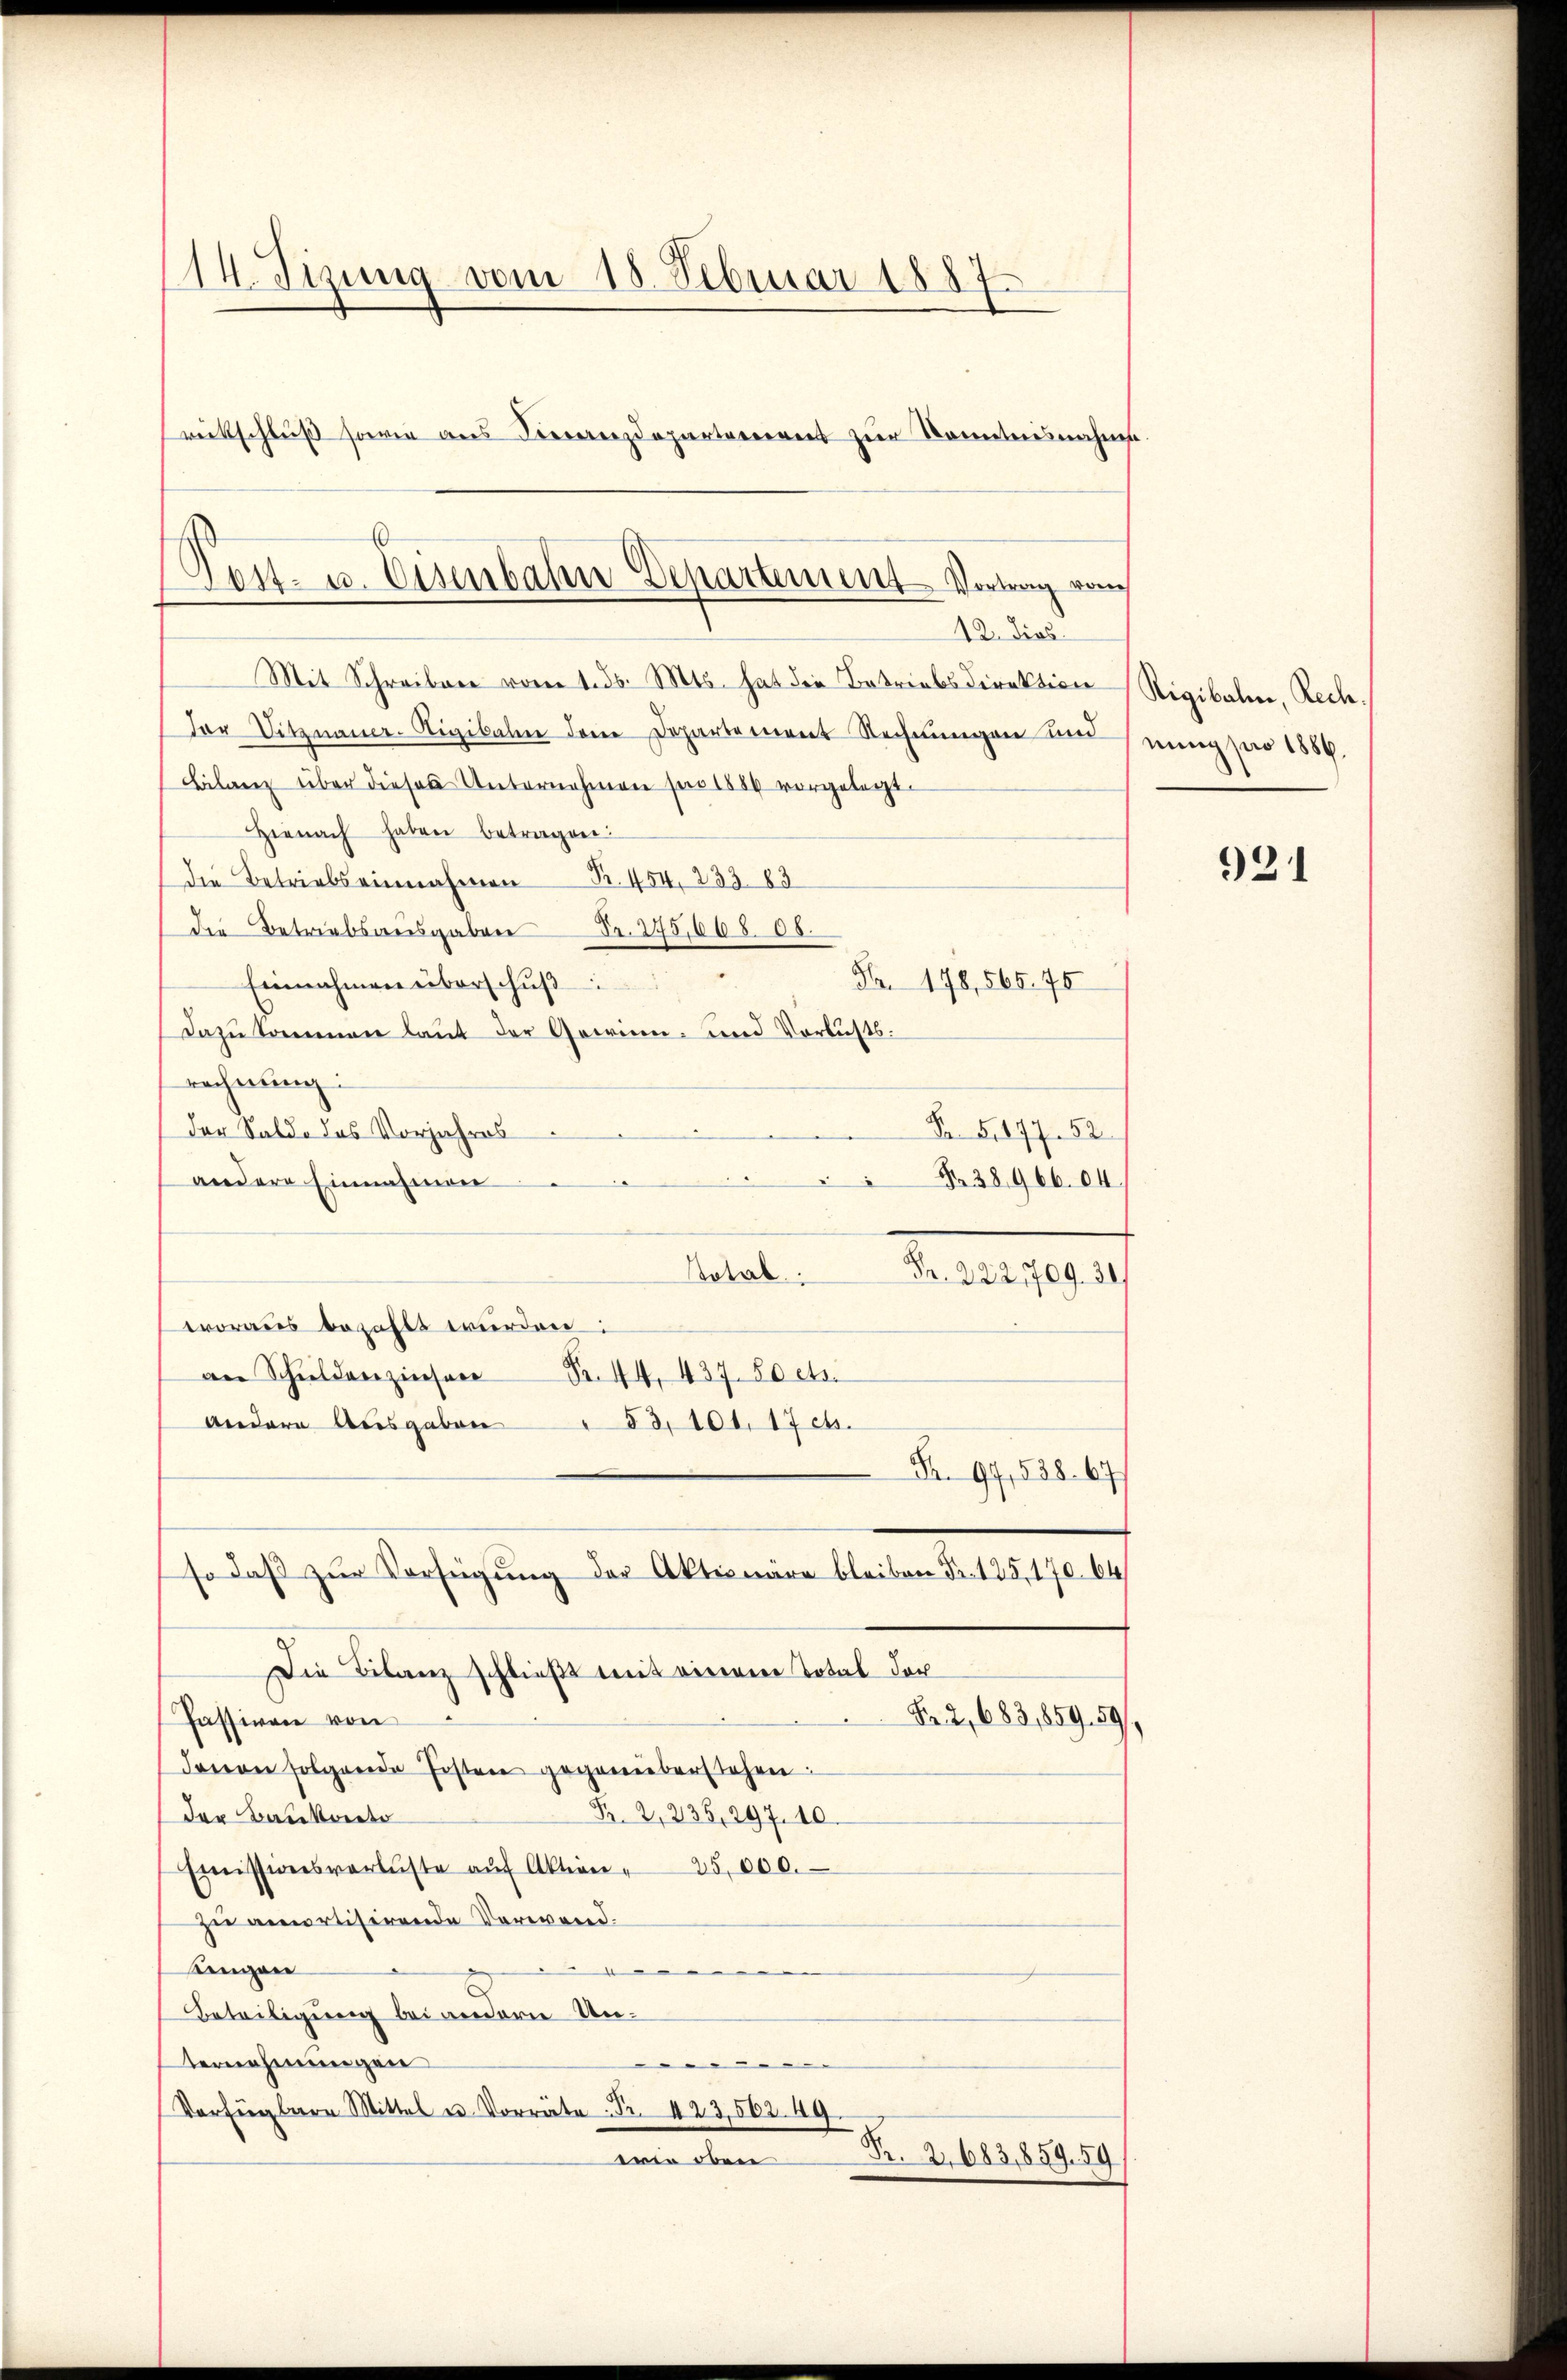
14. Tizung vom 18. Februar 1887
wirtschluß sowie aus Pezdepartement zur Kenntnisnahms

Post- u. Eisenbahn Departement Vortrag von
12. dies

Mit Schreiben vom 1. ds. Mts. hat die Betriebsdirektion Rigibalen, Rech
Der Vitznauer-Rigibalen dem Departement Rechnungen und
Bilanz über diesen Unternehmen pro 1886 vorgelegt.
Hienach haben betragen:
die Betriebs einnahmen R. 454, 233 83
die Betriebsausgaben Fr. 275,668 08.
Nr. 178,565. 75
Einnahmen überschuß
dazu kommen laut der Gewinn- und Verlustsrechnung:
der Saldo des Vorjahres
Fr. 51877. 52
Nr. 38966. 64.
andere Einnahmen
Dotal.
Feuerpf
woraus bezahlt wurden:
Fr. 44, 437. 50 cts.
an Schuldenzinsere
Andere Ausgaben
53, 101, 17 cts.
Fr. 97, 538. 677
so daβ zŭr Verfügung der Aktionäre bleiben Fr. 125, 170. 64
Die Bilanz schließt mit einem Total der
Passiven von
Nr. 2, 683,859. 591,
davon folgende fosten gegenüberstehen.
Fr. 2,235, 297. 10.
der Baukoste
Emissionsverlüste aŭf Aktion " 25,000.
zu amortisirende Verwand.
Kingen
e
Beteiligung bei anderer Unternehmungen
.
Verfügbare Mittel u. Vorräte. Fr. 423,562. 49.
R. 2683,859. 59
wie den

nung pro 1886.

921